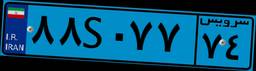
۴۰S۲۸۹۹۳